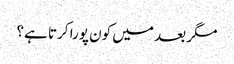
مگر بعد میں کون پورا کرتا ہے؟